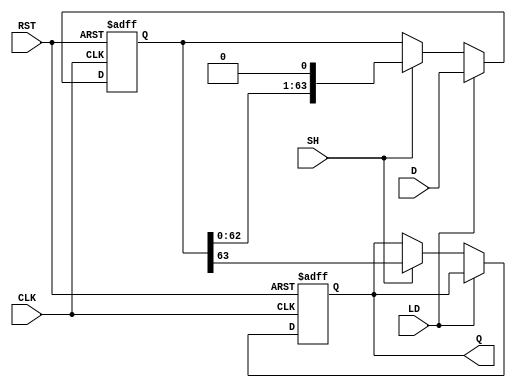
module PISO_64bit (
    input wire [63:0] D,     // 64-bit parallel input data
    input wire LD,           // Load control signal
    input wire SH,           // Shift control signal
    input wire CLK,          // Clock signal
    input wire RST,          // Asynchronous reset signal
    output reg Q             // Serial output
);

    // Internal register to hold the 64-bit data
    reg [63:0] shift_reg;

    always @(posedge CLK or posedge RST) begin
        if (RST) begin
            // Asynchronous reset
            shift_reg <= 64'b0; // Clear the register
            Q <= 1'b0;          // Clear the output
        end else begin
            if (LD) begin
                // Load data into the shift register
                shift_reg <= D;  // Load data from parallel input
            end else if (SH) begin
                // Shift operation
                Q <= shift_reg[63]; // Output the MSB
                shift_reg <= {shift_reg[62:0], 1'b0}; // Shift left
            end
        end
    end

endmodule